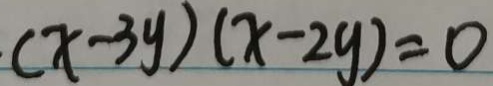
( x - 3 y ) ( x - 2 y ) = 0